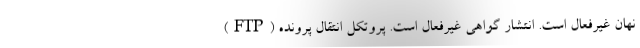
نهان غیرفعال است. انتشار گواهی غیرفعال است. پروتکل انتقال پرونده (FTP)